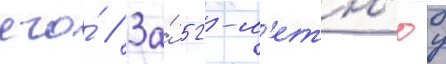
его́ // За́ 52-л'етн'юу